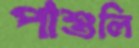
পাশুলি